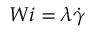
W i = \lambda \dot { \gamma }